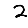
Digit: 2